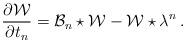
LaTeX: \begin{align*}{\partial {\cal W} \over\partial t_n} = {\cal B}_n \star {\cal W} -{\cal W} \star \lambda^n\,.\end{align*}